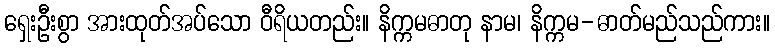
ရှေးဦးစွာ အားထုတ်အပ်သော ဝီရိယတည်း။ နိက္ကမဓာတု နာမ၊ နိက္ကမ-ဓာတ်မည်သည်ကား။